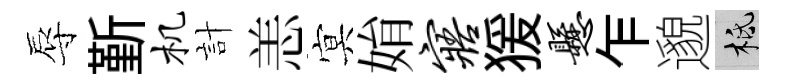
辱斳机計恙㝠姢寤猨悬乍邈柢